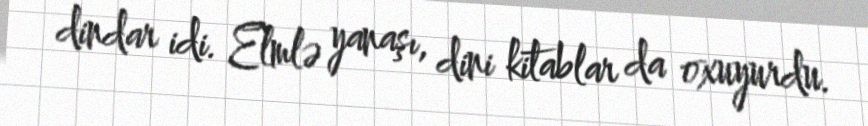
dindar idi. Elmlə yanaşı, dini kitablar da oxuyurdu.